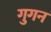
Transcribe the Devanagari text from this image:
गुगन